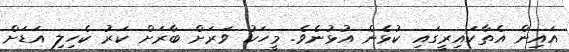
އައިން އެތާކައިރީގައި ކުޅެން އުޅުނެވެ. މީހަކު ވަރަށް ބާރަށް ކަރު ކެހިލި އަޑަށް